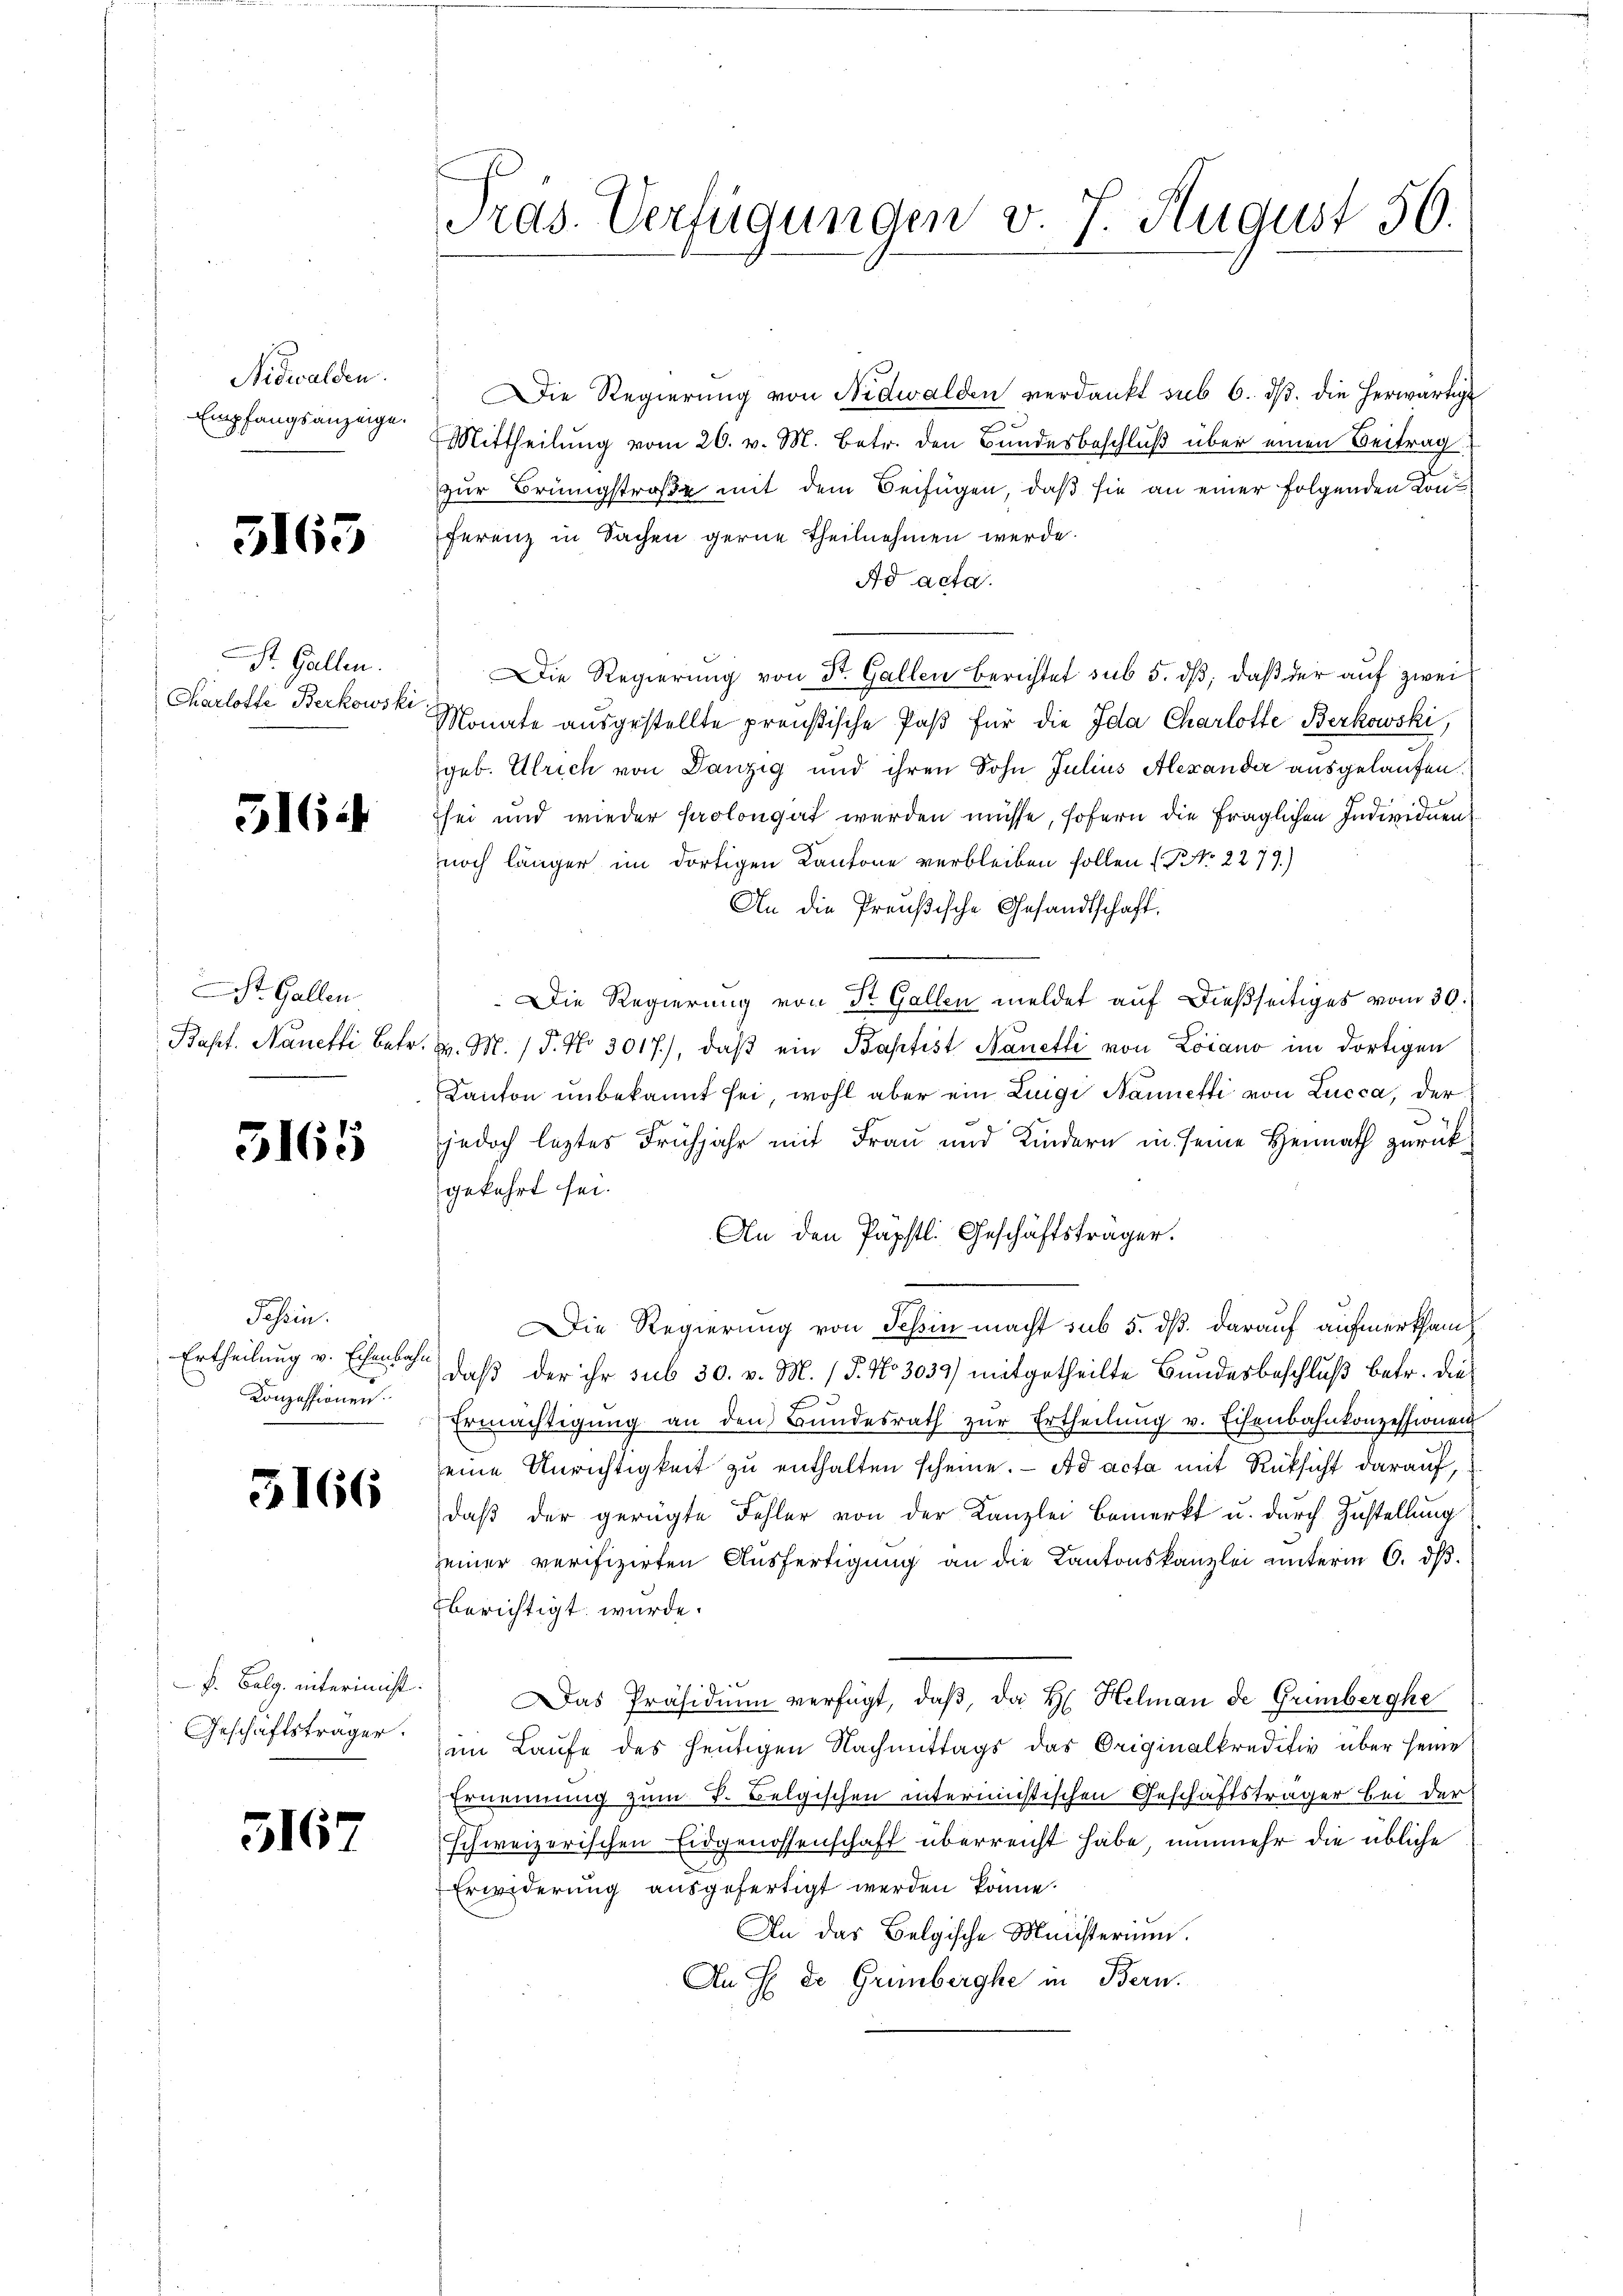
Nidwalden.
Empfangsanzeige.

5165

St. Gallen.
Charloffe Berkowski

516 f

St. Gallen
Bapt. Nanetti, betr.

3165

Pasein.
Ertheilung v. Eisenbahn
Konzessionen.

3166

f. Belg. interinicht.
Geschäftsträger.

5167

rds. Verfügungen v. J. August 50.

Die Regierung von Nidwalden verdankt sub 6. dβ. die herwärtige
Mittheilung vom 26. v. M. betr. den Bundesbeschluß über einen Beitrag
zur Brüngstraße mit dem Beifügen, daß sie an einer folgenden Kreis
ferenz in Sachen gerne Theilnehmen werde.
Ad acta.
Die Regierung von St. Gallen berichtet sub 5. dβ, daß der auf zwei
Monate ausgestellte preußische Paβ für die Ida Charlotte Berkowski,
geb. Ulrich von Danzig und ihren Sohn Julius Alexander ausgelaufen.
sei und wieder Paolongat werden müsse, sofern die fraglichen Individuen
noch länger im dortigen Kantone verbleiben sollen (No. 2279)
An die Preußische Gesandtschaft.
Die Regierung von St. Gallen meldet auf dießseitiges vom 30.
v. M. / P. No 3017), daβ ein Baptist Nanetti von Loiano im dortigen
Kanton unbekannt sei, wohl aber ein Luigi Nanetti von Lucca, der
jedoch leztes Frühjahr mit Frau und Kindern in seine Heimath zurückgekehrt sei.
An den Papstl. Geschäftsträger.
Die Regierung von Tessin macht sub 5. ds. darauf aufmerksamdaß der ihr sub 30. v. M. (T. No 3039) mitgetheilte Bundesbeschluß betr. die
Ermächtigung an den Bŭndesrath zŭr Ertheilung v. Eisenbahnkonzessionen
eine Unrichtigkeit zu enthalten scheine. Ad acta mit Rücksicht darauf,
daβ der gerügte Fehler von der Kanzlei bemerkt u. durch Zustellung
seiner verifizirten Ausfertigung an die Kantonskanzlei unterm 6. dß.
berichtigt würde.
Das Präsidium verfügt, daß, da H. Helman de Grünberghe
im Laufe des heutigen Nachmittags das Originalkreditiv über seine
Ernennung zum S. Belgischen intermistischen Geschäftsträger bei der
schweizerischen Eidgenossenschaft überreicht habe nunmehr die übliche
Erwiderung ausgefertigt werden könne.
An das Belgische Ministerium.
An  de Grünberghe in Bern.